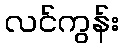
လင်ကွန်း